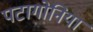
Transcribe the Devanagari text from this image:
पटागोनिया